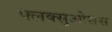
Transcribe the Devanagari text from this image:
फ्लक्सुओसस